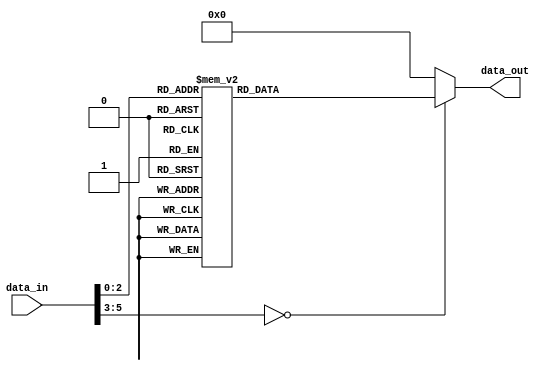
module Rcon(data_in, data_out);
    input       [5:0]   data_in;
    output reg  [31:0]  data_out;

    always @ (*) begin
        case (data_in)
            6'd0: data_out = {32'h0};
            6'd1: data_out = {24'h0, 8'h01};
            6'd2: data_out = {24'h0, 8'h02};
            6'd3: data_out = {24'h0, 8'h04};
            6'd4: data_out = {24'h0, 8'h08};
            6'd5: data_out = {24'h0, 8'h10};
            6'd6: data_out = {24'h0, 8'h20};
            6'd7: data_out = {24'h0, 8'h40};
        default: data_out = {32'h0};
        endcase
    end
endmodule